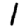
Digit: 1